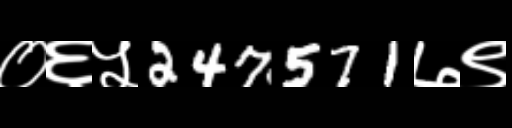
Text: ०६५247571७९